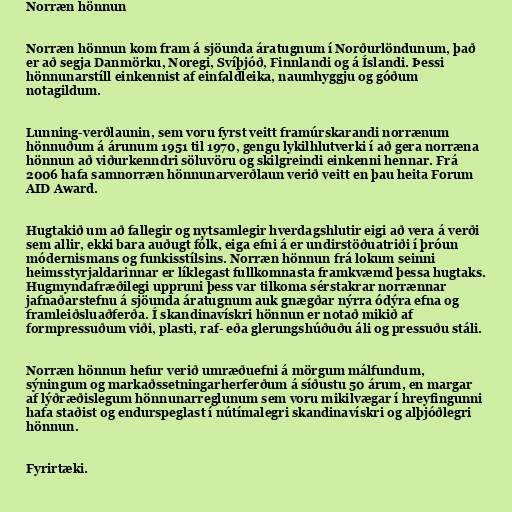
Norræn hönnun

Norræn hönnun kom fram á sjöunda áratugnum í Norðurlöndunum, það
er að segja Danmörku, Noregi, Svíþjóð, Finnlandi og á Íslandi. Þessi
hönnunarstíll einkennist af einfaldleika, naumhyggju og góðum
notagildum.

Lunning-verðlaunin, sem voru fyrst veitt framúrskarandi norrænum
hönnuðum á árunum 1951 til 1970, gengu lykilhlutverki í að gera norræna
hönnun að viðurkenndri söluvöru og skilgreindi einkenni hennar. Frá
2006 hafa samnorræn hönnunarverðlaun verið veitt en þau heita Forum
AID Award.

Hugtakið um að fallegir og nytsamlegir hverdagshlutir eigi að vera á verði
sem allir, ekki bara auðugt fólk, eiga efni á er undirstöðuatriði í þróun
módernismans og funkisstílsins. Norræn hönnun frá lokum seinni
heimsstyrjaldarinnar er líklegast fullkomnasta framkvæmd þessa hugtaks.
Hugmyndafræðilegi uppruni þess var tilkoma sérstakrar norrænnar
jafnaðarstefnu á sjöunda áratugnum auk gnægðar nýrra ódýra efna og
framleiðsluaðferða. Í skandinavískri hönnun er notað mikið af
formpressuðum viði, plasti, raf- eða glerungshúðuðu áli og pressuðu stáli.

Norræn hönnun hefur verið umræðuefni á mörgum málfundum,
sýningum og markaðssetningarherferðum á síðustu 50 árum, en margar
af lýðræðislegum hönnunarreglunum sem voru mikilvægar í hreyfingunni
hafa staðist og endurspeglast í nútímalegri skandinavískri og alþjóðlegri
hönnun.

Fyrirtæki.